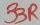
Text: 33R